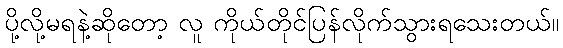
ပို့လို့မရနဲ့ဆိုတော့ လူ ကိုယ်တိုင်ပြန်လိုက်သွားရသေးတယ်။